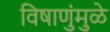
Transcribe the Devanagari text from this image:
विषाणुंमुळे